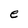
Character: e